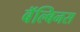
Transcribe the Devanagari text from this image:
बॅल्बिनस